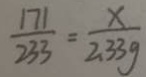
\frac { 1 7 1 } { 2 3 3 } = \frac { x } { 2 \cdot 3 3 g }